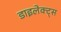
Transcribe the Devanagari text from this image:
डाइलेक्ट्स